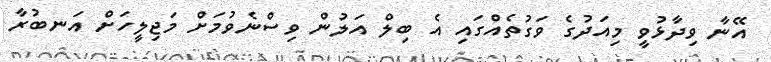
އޭނާ ވިދާޅުވީ މިއަދުގެ ވަގުތެއްގައި އެ ބިލް އަލުން ވިސްނެވުމަށް މަޖިލީހަށް އަނބުރާ